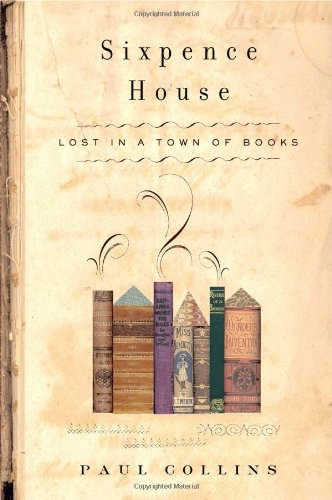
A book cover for Sixpence House; Paul Collins; Crafts, Hobbies & Home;